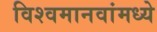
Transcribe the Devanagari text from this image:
विश्वमानवांमध्ये